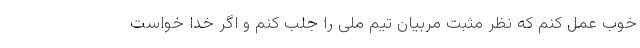
خوب عمل کنم که نظر مثبت مربیان تیم ملی را جلب کنم و اگر خدا خواست